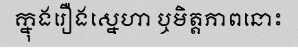
ក្នុងរឿងស្នេហា ឬមិត្តភាពនោះ